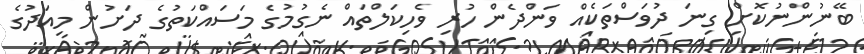
ބޭނުންނުކޮށް ގިނަ ދުވަސްތަކެއް ވަންދެން ހުރި ވެހިކަލްތައް ނެގުމުގެ މަސައްކަތުގެ ދަށުން މިއަދުގެ